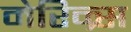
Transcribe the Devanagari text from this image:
मेरिन्र्स